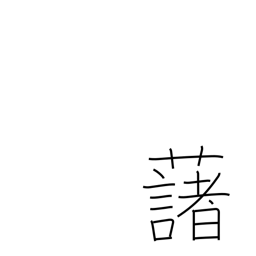
Meaning: potato